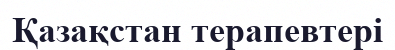
Қазақстан терапевтері